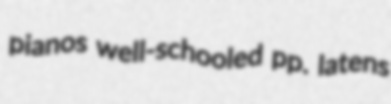
pianos well-schooled pp. latens